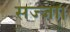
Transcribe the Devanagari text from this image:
सज्जा।